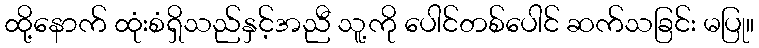
ထို့နောက် ထုံးစံရှိသည်နှင့်အညီ သူ့ကို ပေါင်တစ်ပေါင် ဆက်သခြင်း မပြု။